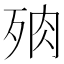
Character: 𣧻